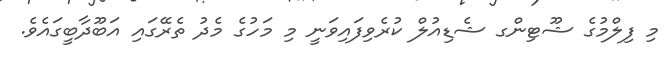
މި ފިލްމުގެ ޝޫޓިންގ ޝެޑިއުލް ކުރެވިފައިވަނީ މި މަހުގެ މެދު ތެރޭގައި އަބޫދާބީގައެވެ.